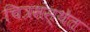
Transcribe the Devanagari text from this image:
चित्रसंस्थेत